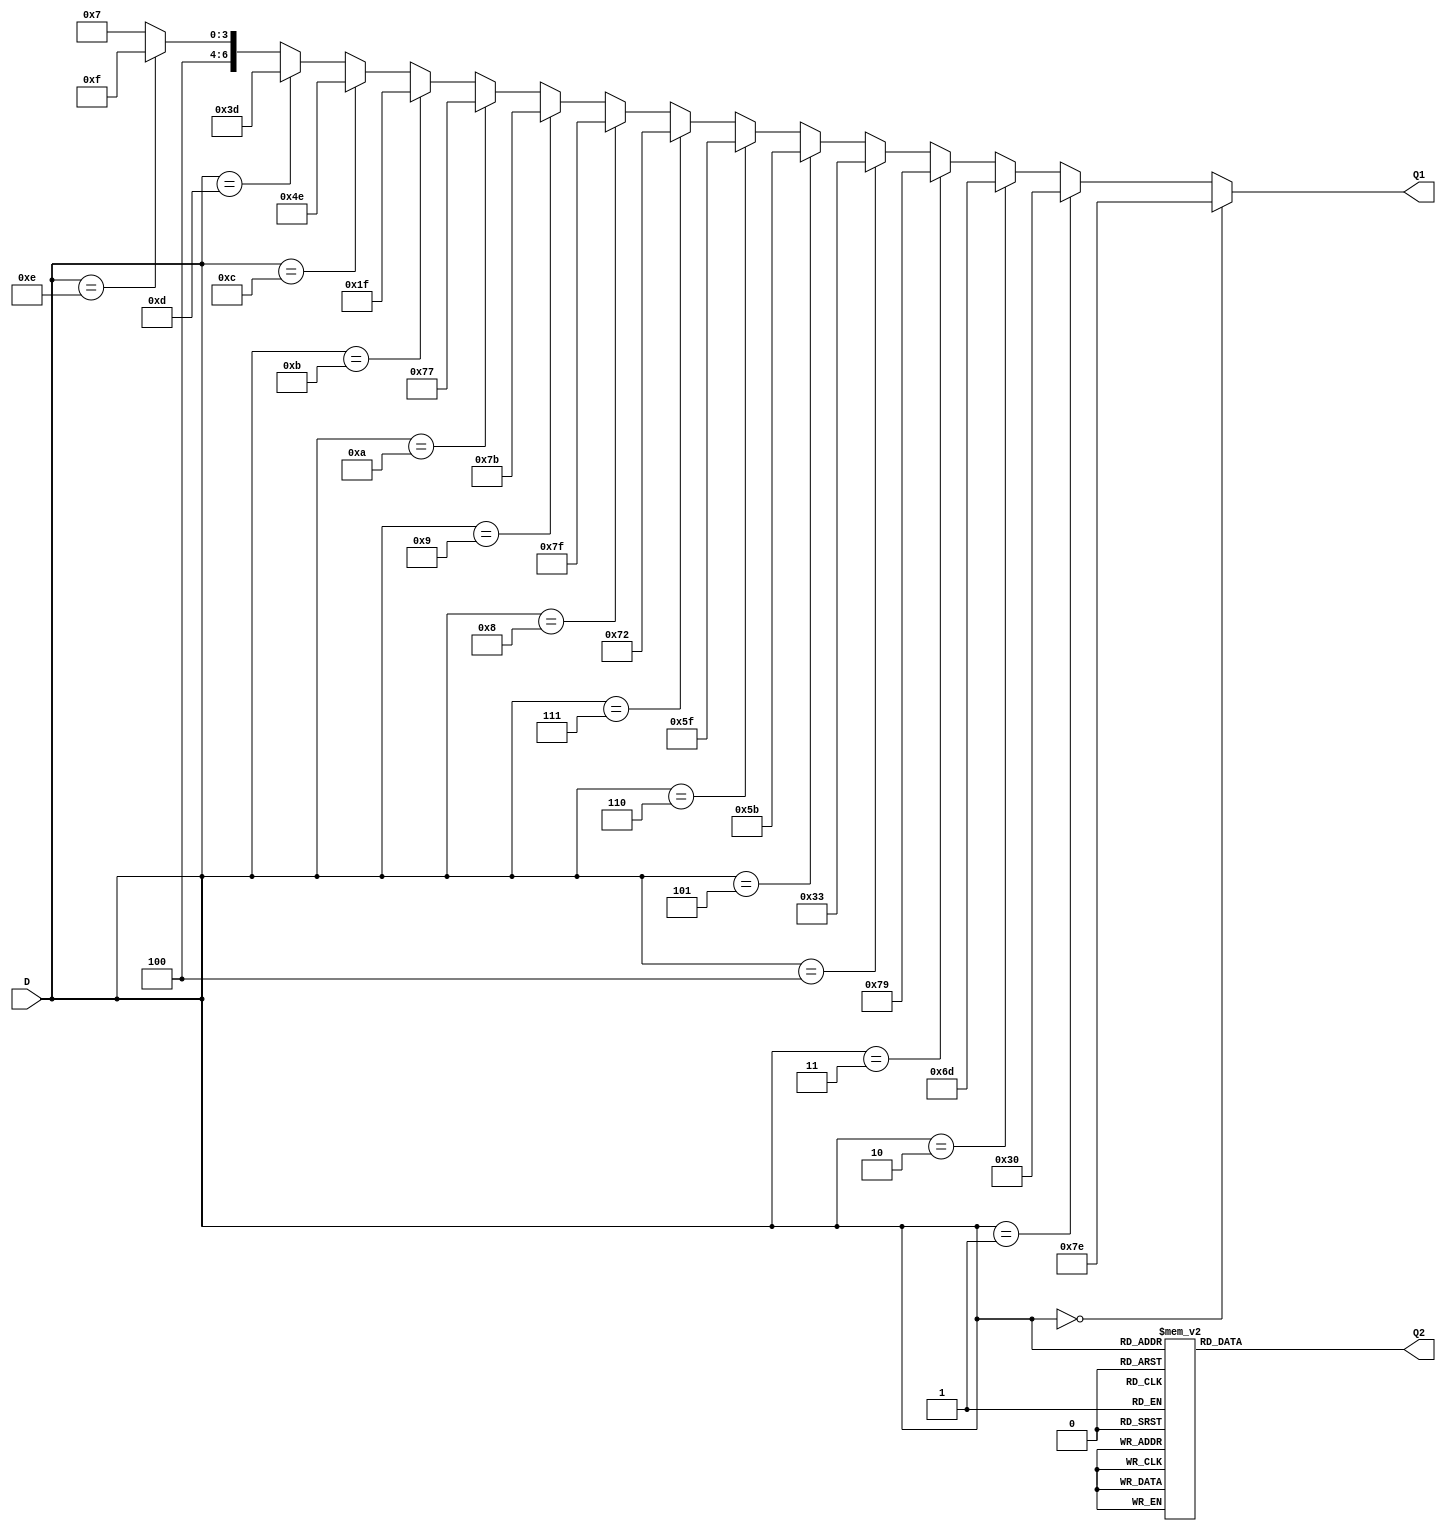
// Ch07 dec_7seg.v
// @CqX ( if M case d)

module dec_7seg (D, Q1, Q2);
input  [3:0] D;			// D TJ
output [6:0] Q1,Q2;		// Q1, Q2 CX
reg    [6:0] Q1,Q2;		// Q1, Q2 is

//  if d, Gi
always@ (D)
  if      (D == 4'b0000)   Q1 = 7'b1111110;
  else if (D == 4'b0001)   Q1 = 7'b0110000;
  else if (D == 4'b0010)   Q1 = 7'b1101101;
  else if (D == 4'b0011)   Q1 = 7'b1111001;
  else if (D == 4'b0100)   Q1 = 7'b0110011; 
  else if (D == 4'b0101)   Q1 = 7'b1011011;
  else if (D == 4'b0110)   Q1 = 7'b1011111;
  else if (D == 4'b0111)   Q1 = 7'b1110010;
  else if (D == 4'b1000)   Q1 = 7'b1111111;
  else if (D == 4'b1001)   Q1 = 7'b1111011;
  else if (D == 4'b1010)   Q1 = 7'b1110111;
  else if (D == 4'b1011)   Q1 = 7'b0011111;
  else if (D == 4'b1100)   Q1 = 7'b1001110; 
  else if (D == 4'b1101)   Q1 = 7'b0111101;
  else if (D == 4'b1110)   Q1 = 7'b1001111;
  else                     Q1 = 7'b1000111;

//  case d, Qi
always@ (D)
  case (D)
    4'h0   :  Q2 = 7'h7e;
    4'h1   :  Q2 = 7'h30;
    4'h2   :  Q2 = 7'h6d;
    4'h3   :  Q2 = 7'h79;
    4'h4   :  Q2 = 7'h33; 
    4'h5   :  Q2 = 7'h5b;
    4'h6   :  Q2 = 7'h5f;
    4'h7   :  Q2 = 7'h72;
    4'h8   :  Q2 = 7'h7f;
    4'h9   :  Q2 = 7'h7b;
    4'ha   :  Q2 = 7'h77;
    4'hb   :  Q2 = 7'h1f;
    4'hc   :  Q2 = 7'h4e; 
    4'hd   :  Q2 = 7'h3d;
    4'he   :  Q2 = 7'h4f;
    default:  Q2 = 7'h47;
  endcase

endmodule